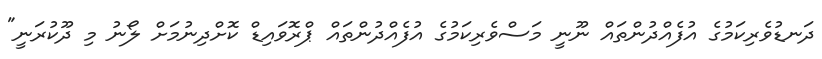
ދަނޑުވެރިކަމުގެ އުފެއްދުންތައް ނޫނީ މަސްވެރިކަމުގެ އުފެއްދުންތައް ޕްރޮވައިޑް ކޮށްދިނުމަށް ލޯނު މި ދޫކުރަނީ"